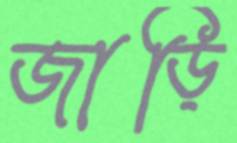
জাড়ি